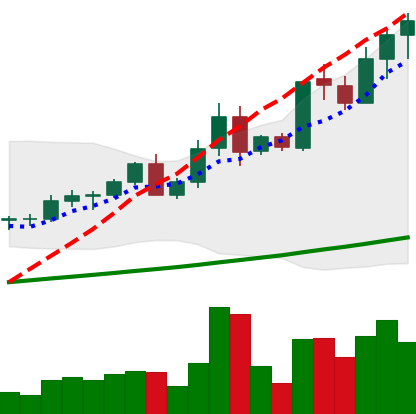
Ticker: LTC-USD
Chart end date: 2021-04-15
Forward return: -8.95%
Label: down_7plus